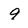
Character: 9